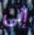
إلى